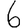
Digit: 6